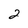
Character: 2